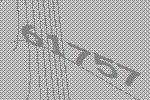
61757